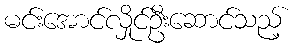
မင်းအောင်လှိုင်ဦးဆောင်သည့်